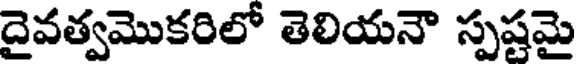
దైవత్వమొకరిలో తెలియనౌ స్పష్టమై